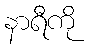
နာရီကို